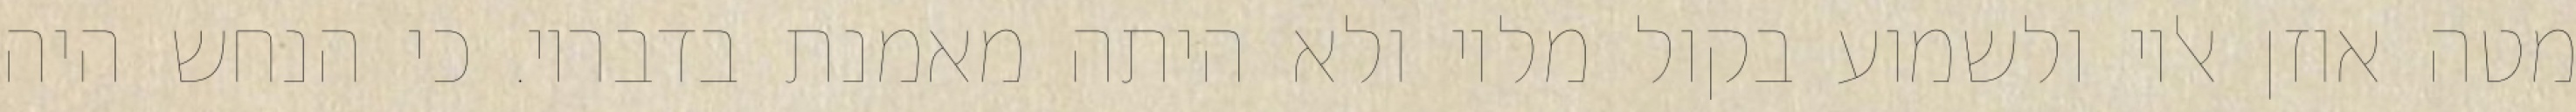
מטה אוזן אליו ולשמוע בקול מליו ולא היתה מאמנת בדבריו. כי הנחש היה